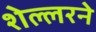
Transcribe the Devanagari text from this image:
शेल्लरने